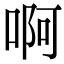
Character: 啊